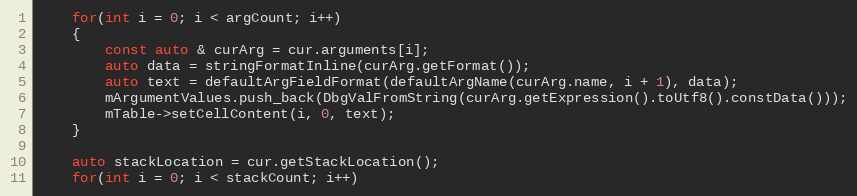
Language: C++
    for(int i = 0; i < argCount; i++)
    {
        const auto & curArg = cur.arguments[i];
        auto data = stringFormatInline(curArg.getFormat());
        auto text = defaultArgFieldFormat(defaultArgName(curArg.name, i + 1), data);
        mArgumentValues.push_back(DbgValFromString(curArg.getExpression().toUtf8().constData()));
        mTable->setCellContent(i, 0, text);
    }

    auto stackLocation = cur.getStackLocation();
    for(int i = 0; i < stackCount; i++)